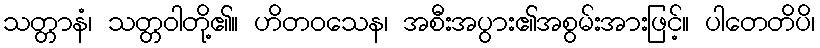
သတ္တာနံ၊ သတ္တဝါတို့၏။ ဟိတဝသေန၊ အစီးအပွား၏အစွမ်းအားဖြင့်။ ပါတေတိပိ၊